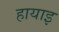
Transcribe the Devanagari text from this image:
हायाइ